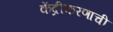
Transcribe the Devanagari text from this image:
केंद्रीकरणाची